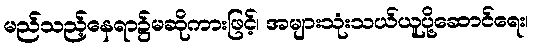
မည်သည့်နေရာ၌မဆိုကားဖြင့်၊ အများသုံးသယ်ယူပို့ဆောင်ရေး၊